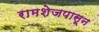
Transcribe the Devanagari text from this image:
रामशेजपासून